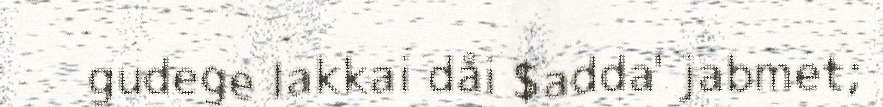
gudege lakkai dåi $adda' jabmet;